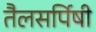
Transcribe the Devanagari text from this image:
तैलसर्पिषी